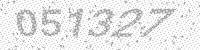
Solution: 051327